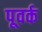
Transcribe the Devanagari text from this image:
पूवर्क